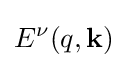
E^{\nu }(q,\mathbf {k} )